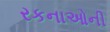
રકનાઓની